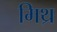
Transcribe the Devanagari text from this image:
मिथ्र